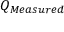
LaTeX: Q _ { M e a s u r e d } \,